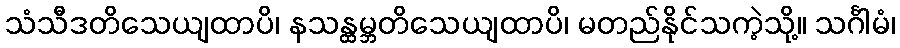
သံသီဒတိသေယျထာပိ၊ နသန္ထမ္ဘတိသေယျထာပိ၊ မတည်နိုင်သကဲ့သို့။ သင်္ဂါမံ၊